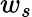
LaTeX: w_{s}